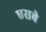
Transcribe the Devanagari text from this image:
एसबे